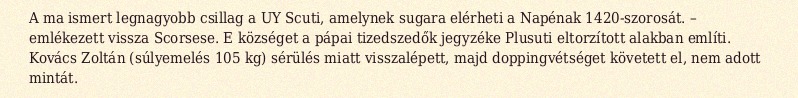
A ma ismert legnagyobb csillag a UY Scuti, amelynek sugara elérheti a Napénak 1420-szorosát. – emlékezett vissza Scorsese. E községet a pápai tizedszedők jegyzéke Plusuti eltorzított alakban említi. Kovács Zoltán (súlyemelés 105 kg) sérülés miatt visszalépett, majd doppingvétséget követett el, nem adott mintát.